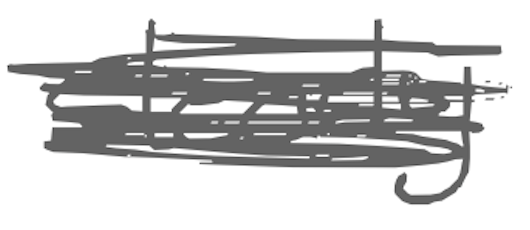
Text: steady
Cross-out: scratch
Writing tool: digital_gray